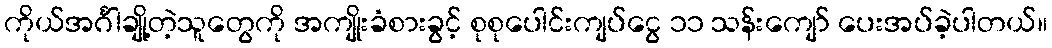
ကိုယ်အင်္ဂါချို့တဲ့သူတွေကို အကျိုးခံစားခွင့် စုစုပေါင်းကျပ်ငွေ ၁၁ သန်းကျော် ပေးအပ်ခဲ့ပါတယ်။